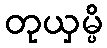
တုယှမ္ပိ